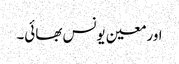
اور معین یونس بھائی۔